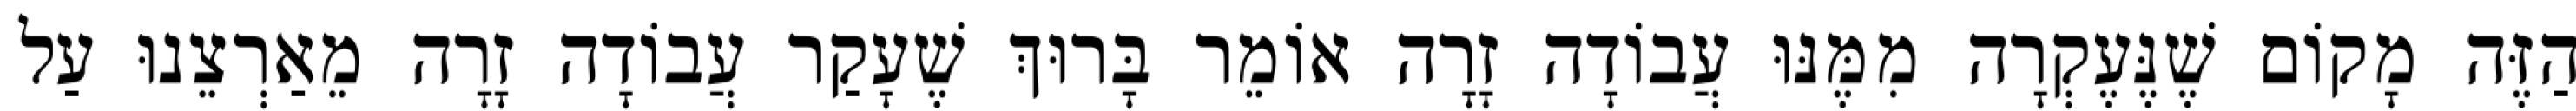
הַזֶּה מָקוֹם שֶׁנֶּעֶקְרָה מִמֶּנּוּ עֲבוֹדָה זָרָה אוֹמֵר בָּרוּךְ שֶׁעָקַר עֲבוֹדָה זָרָה מֵאַרְצֵנוּ עַל